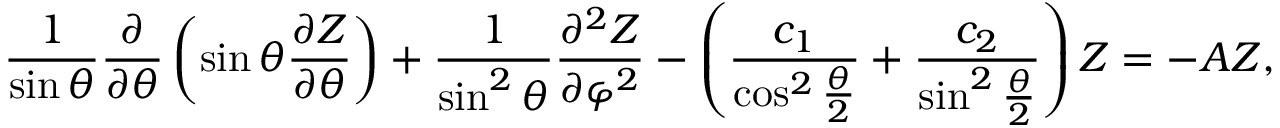
\frac { 1 } { \sin \theta } \frac { \partial } { \partial \theta } \left( \sin \theta \frac { \partial Z } { \partial \theta } \right) + \frac { 1 } { \sin ^ { 2 } \theta } \frac { \partial ^ { 2 } Z } { \partial \varphi ^ { 2 } } - \left( \frac { c _ { 1 } } { \cos ^ { 2 } \frac { \theta } { 2 } } + \frac { c _ { 2 } } { \sin ^ { 2 } \frac { \theta } { 2 } } \right) Z = - A Z ,